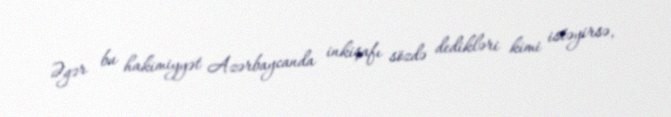
Əgər bu hakimiyyət Azərbaycanda inkişafı sözdə dedikləri kimi istəyirsə,